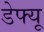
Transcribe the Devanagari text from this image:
डेफ्यू